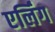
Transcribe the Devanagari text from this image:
एर्लिंग